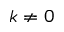
k \ne 0